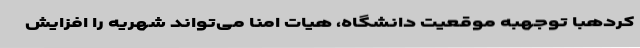
کردهبا توجهبه موقعیت دانشگاه، هیات امنا می‌تواند ‌شهریه را افزایش